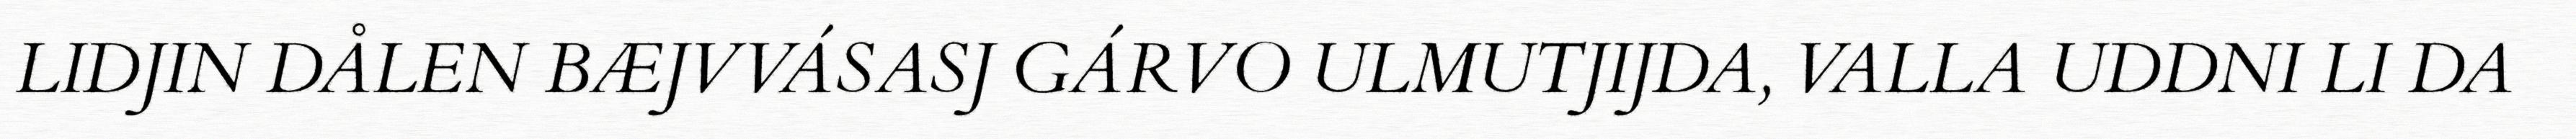
LIDJIN DÅLEN BÆJVVÁSASJ GÁRVO ULMUTJIJDA, VALLA UDDNI LI DA